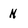
Character: N